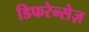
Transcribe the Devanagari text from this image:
डिफरेन्सेज़